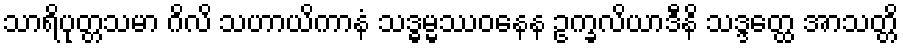
သာရိပုတ္တသမာ ဂိလိ သဟာယိကာနံ သဒ္ဓမ္မဿဝနေန ဥက္ခလိယာဒီနိ သဒ္ဒတ္ထေ အာသတ္တိ